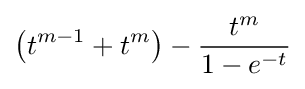
\left(t^{m-1}+t^{m}\right)-{\frac {t^{m}}{1-e^{-t}}}